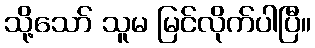
သို့သော် သူမ မြင်လိုက်ပါပြီ။